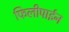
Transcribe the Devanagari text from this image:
फिलीपाईन